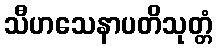
သီဟသေနာပတိသုတ္တံ